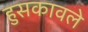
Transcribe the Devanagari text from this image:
हुसकावले